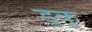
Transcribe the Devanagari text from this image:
डुकू